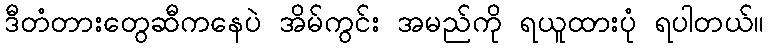
ဒီတံတားတွေဆီကနေပဲ အိမ်ကွင်း အမည်ကို ရယူထားပုံ ရပါတယ်။